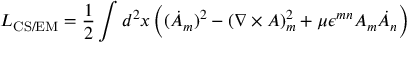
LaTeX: L _ { \mathrm { C S / E M } } = \frac 1 2 \int d ^ { 2 } x \, \Bigl ( ( \dot { A } _ { m } ) ^ { 2 } - ( \nabla \times A ) _ { m } ^ { 2 } + \mu \epsilon ^ { m n } A _ { m } \dot { A } _ { n } \Bigr )